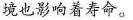
境也影响着寿命。